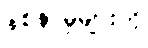
နစ်နာမှုများကို